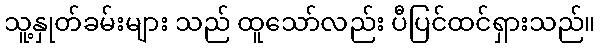
သူ့နှုတ်ခမ်းများ သည် ထူသော်လည်း ပီပြင်ထင်ရှားသည်။